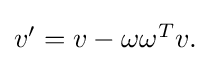
{\textstyle v'=v-\omega \omega ^{T}v.}